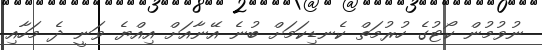
ނުވުމުން ކޯޓުގެ ހުރުމަތް ކެނޑިކަމަށް ބުނެ އޭނާއަށް އިއްޔެ ވަނީ ދެ މަހާއި